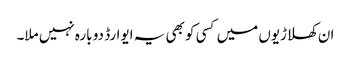
ان کھلاڑیوں میں کسی کو بھی یہ ایوارڈ دو بارہ نہیں ملا۔